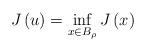
LaTeX: \begin{align*}J\left( u\right) =\inf_{x\in B_{\rho }}J\left( x\right) \end{align*}